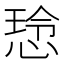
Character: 𫺡